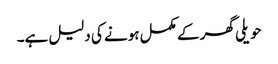
حویلی گھر کے مکمل ہونے کی دلیل ہے۔